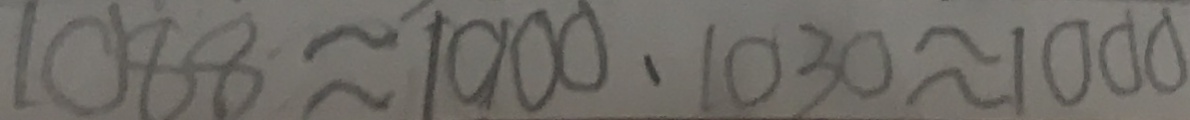
1 0 8 8 \approx 1 0 0 0 . 1 0 3 0 \approx 1 0 0 0